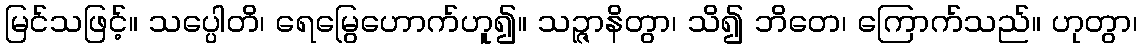
မြင်သဖြင့်။ သပ္ပေါတိ၊ ရေမြွေဟောက်ဟူ၍။ သဉ္ဇာနိတွာ၊ သိ၍ ဘိတေ၊ ကြောက်သည်။ ဟုတွာ၊